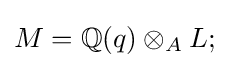
M=\mathbb {Q} (q)\otimes _{A}L;